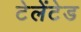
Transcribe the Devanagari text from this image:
टेलेंटेड